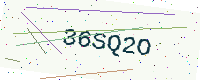
Text: 36SQ2O